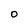
Character: 0